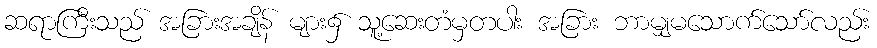
ဆရာကြီးသည် အခြားအချိန် များ၌ သူ့ဆေးတံမှတပါး အခြား ဘာမျှမသောက်သော်လည်း